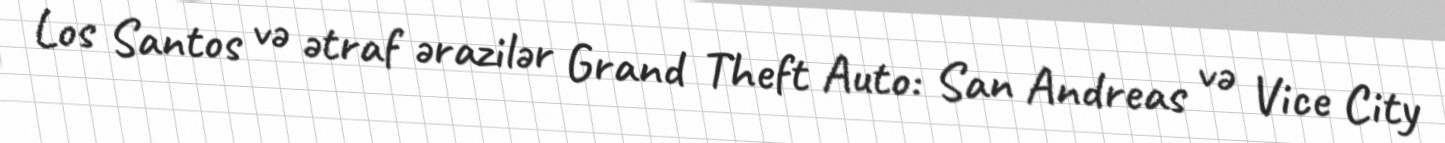
Los Santos və ətraf ərazilər Grand Theft Auto: San Andreas və Vice City